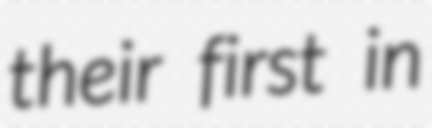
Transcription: their first in